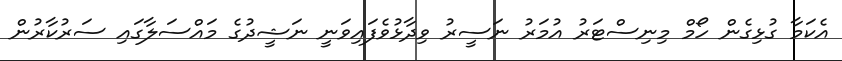
އެކަމާ ގުޅިގެން ހޯމް މިނިސްޓަރު އުމަރު ނަސީރު ވިދާޅުވެފައިވަނީ ނަޝީދުގެ މައްސަލާގައި ސަރުކާރުން